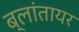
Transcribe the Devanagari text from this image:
ब्लांतायर